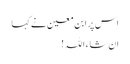
اس پر ابن معین نے کہا
ان شاء اللہ !